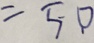
= 5 0